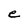
Character: e